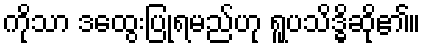
ကိုသာ ဒထွေးပြုရမည်ဟု ရူပသိဒ္ဓိဆို၏။